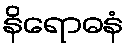
နိရောဓနံ